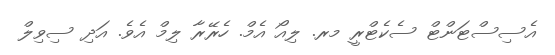
އެސިސްޓަންޓް ސެކެޓްރީ މރ. ލިއޯ އެމް. ހެރޭރާ ލިމް އެވެ. އަދި ސިވިލް